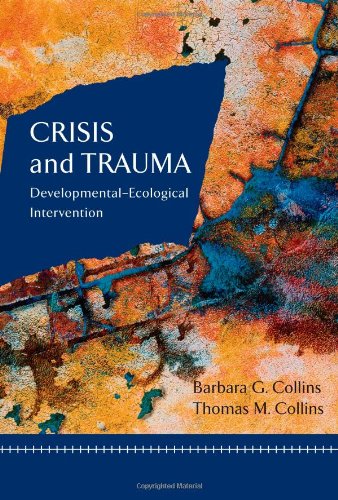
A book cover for Crisis and Trauma: Developmental-ecological Intervention (Crisis Intervention); Barbara G. Collins; Self-Help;